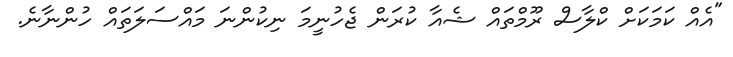
"އެއް ކަމަކަށް ކްލާސް ރޫމްތައް ޝެއާ ކުރަން ޖެހުނީމަ ނިކުންނަ މައްސަލަތައް ހުންނާނެ.